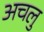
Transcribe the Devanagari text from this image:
अचलु